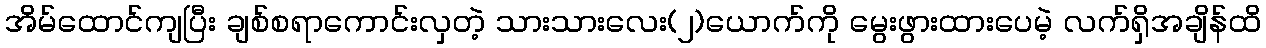
အိမ်ထောင်ကျပြီး ချစ်စရာကောင်းလှတဲ့ သားသားလေး(၂)ယောက်ကို မွေးဖွားထားပေမဲ့ လက်ရှိအချိန်ထိ